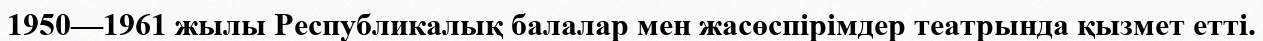
1950—1961 жылы Республикалық балалар мен жасөспірімдер театрында қызмет етті.